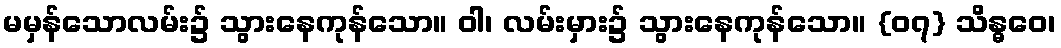
မမှန်သောလမ်း၌ သွားနေကုန်သော။ ဝါ၊ လမ်းမှား၌ သွားနေကုန်သော။ {၀၇} သိန္ဓဝေ၊